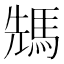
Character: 𩣂